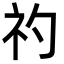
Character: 礿